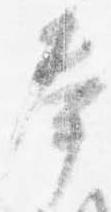
奉